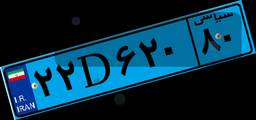
۴۷D۴۰۱۴۹